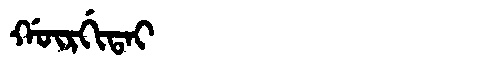
Manchu: ᡤᡡᡵᡤᡳᡨᠠᡳ
Romanization: GŪRGITAI